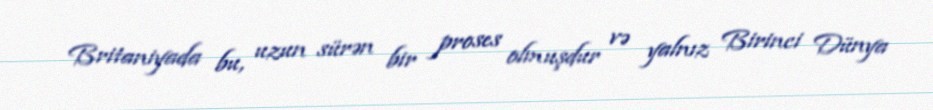
Britaniyada bu, uzun sürən bir proses olmuşdur və yalnız Birinci Dünya